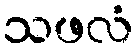
သဖလံ